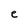
Character: e